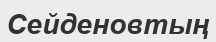
Сейденовтың